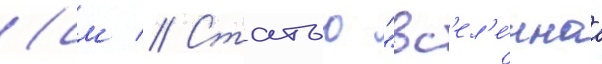
(см // Статью "вс'ел'е́ннаа